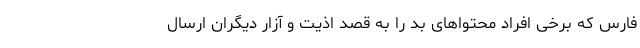
فارس که برخی افراد محتواهای بد را به قصد اذیت و آزار دیگران ارسال